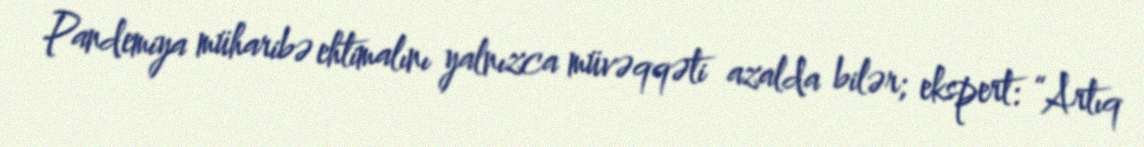
Pandemiya müharibə ehtimalını yalnızca müvəqqəti azalda bilər; ekspert: “Artıq